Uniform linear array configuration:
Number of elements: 12
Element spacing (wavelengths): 0.25
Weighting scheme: binomial
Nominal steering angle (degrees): -45
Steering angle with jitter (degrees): -46.977
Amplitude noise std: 0.05
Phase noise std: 0.05

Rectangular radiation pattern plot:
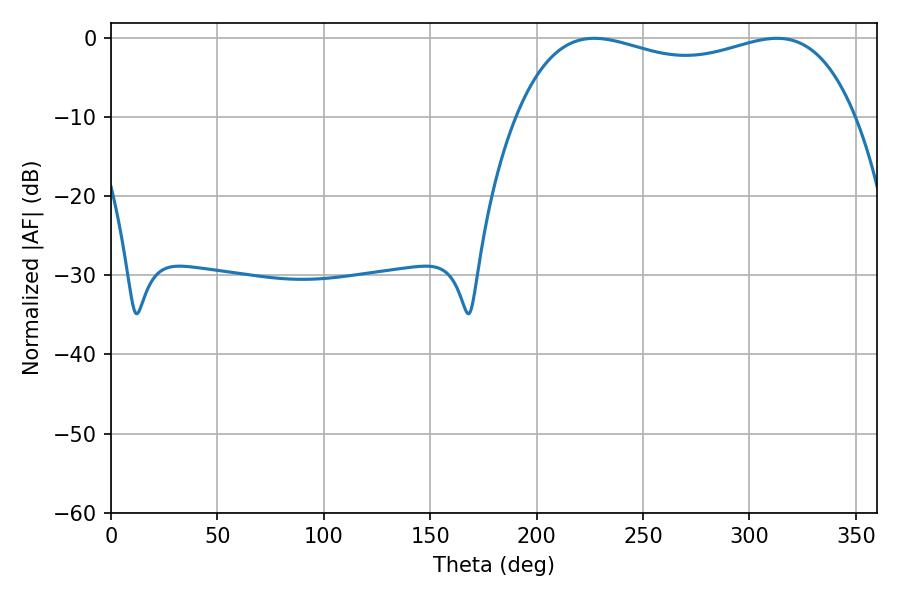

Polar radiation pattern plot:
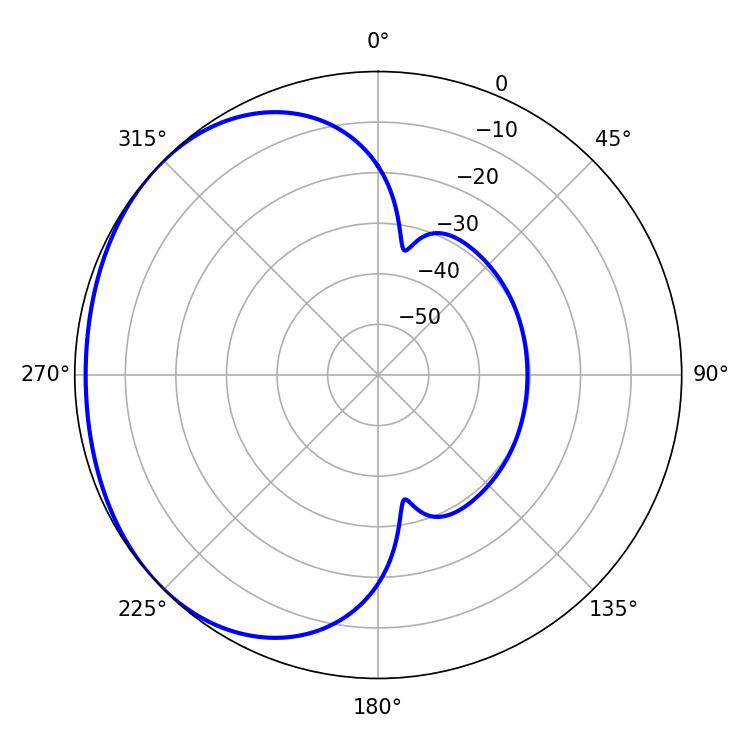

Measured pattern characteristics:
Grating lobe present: FALSE
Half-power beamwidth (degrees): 130.32
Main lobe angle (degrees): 226.98